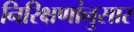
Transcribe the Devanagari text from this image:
निरिक्षणांनुसार